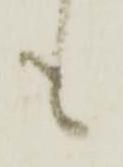
も